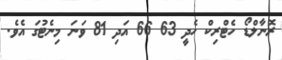
ރޮނާލްޑޯ ހެޓްރިކް ހެދީ 63 66 އަދި 81 ވަނަ މިނެޓުގަ އެވެ.